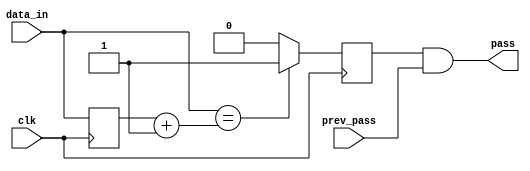
module data_check #(
    parameter stride = 1
)(
    input clk,
    input [7:0] data_in,
    input prev_pass,

    output pass
);

reg [7:0] prev_data = 8'h00;
reg pass_1 = 0;

always @(posedge clk) begin
    if (data_in == prev_data + stride) begin
        pass_1 <= 1'b1;
    end else begin
        pass_1 <= 1'b0;
    end
    prev_data <= data_in;
end

assign pass = pass_1 & prev_pass;

endmodule